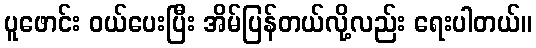
ပူဖောင်း ဝယ်ပေးပြီး အိမ်ပြန်တယ်လို့လည်း ရေးပါတယ်။